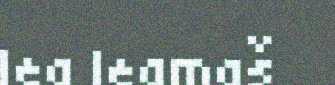
lea leamaš